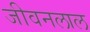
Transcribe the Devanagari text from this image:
जीवनलाल